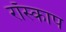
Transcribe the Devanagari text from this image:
रॉस्काप